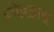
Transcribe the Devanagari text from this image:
च्येवलास